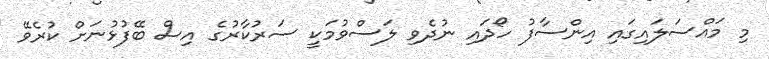
މި މައްސަލައިގައި އިންސާފު ހޯދައި ނުދެވި ލަސްވުމަކީ ސަރުކާރުގެ އިސް ބޭފުޅުނަށް ކުރެވޭ